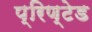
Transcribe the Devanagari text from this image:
प्रिण्टेड